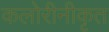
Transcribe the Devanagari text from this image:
कलोरीनीकृत